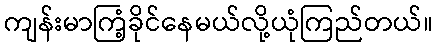
ကျန်းမာကြံ့ခိုင်နေမယ်လို့ယုံကြည်တယ်။